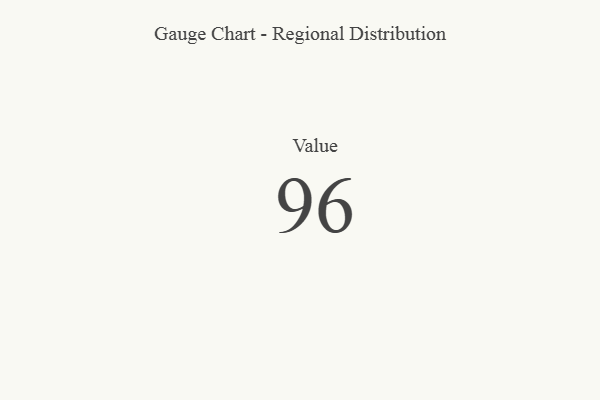
{"axis": {"x": "Metric", "y": "Value"}, "legend": [""], "data": [{"x": "Value", "y": 96, "type": ""}]}